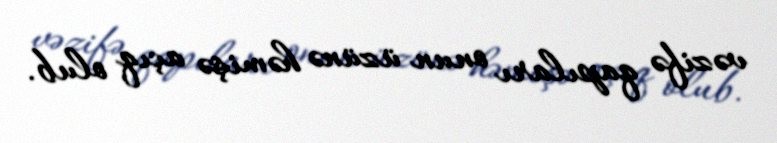
vəzifə qapıları onun üzünə həmişə açıq olub.